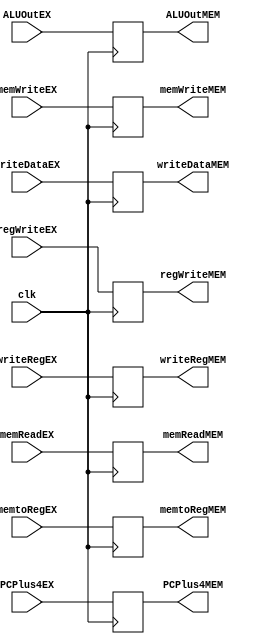
module EXMEM(
    input clk,
    // Pipeline Reg
    input [31:0] ALUOutEX,
    input [31:0] writeDataEX,
    input [4:0] writeRegEX,
    input [31:0] PCPlus4EX,

    output reg [31:0] ALUOutMEM,
    output reg [31:0] writeDataMEM,
    output reg [4:0] writeRegMEM,
    output reg [31:0] PCPlus4MEM,

    // Pipeline Ctrl
    input memReadEX,
    input [1:0] memtoRegEX, 
    input memWriteEX,
    input regWriteEX,

    output reg memReadMEM,
    output reg [1:0] memtoRegMEM, 
    output reg memWriteMEM,
    output reg regWriteMEM
);
  
    always @(posedge clk) begin                      
        ALUOutMEM <= ALUOutEX;
        writeDataMEM <= writeDataEX;
        writeRegMEM <= writeRegEX;
        PCPlus4MEM <= PCPlus4EX;

        memReadMEM <= memReadEX;
        memtoRegMEM <= memtoRegEX;
        memWriteMEM <= memWriteEX;
        regWriteMEM <= regWriteEX;
    end

endmodule